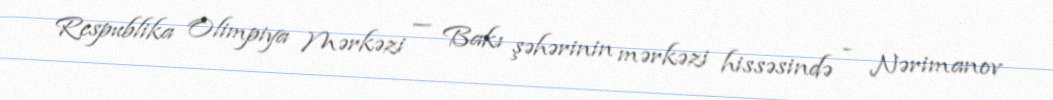
Respublika Olimpiya Mərkəzi — Bakı şəhərinin mərkəzi hissəsində - Nərimanov